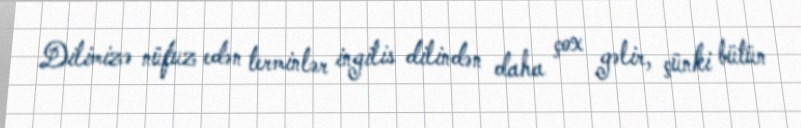
Dilimizə nüfuz edən terminlər ingilis dilindən daha çox gəlir, çünki bütün